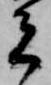
者